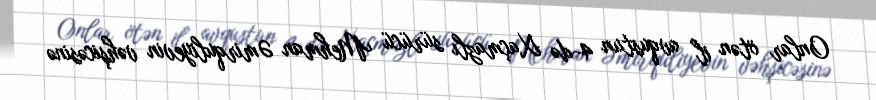
Onlar ötən il avqustun 4-də Xaçmazlı sürücü Mehman Əmirquliyevin vəhşicəsinə